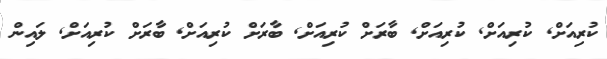
ކުރިއަށް